Report on lock hospitals in British Burma
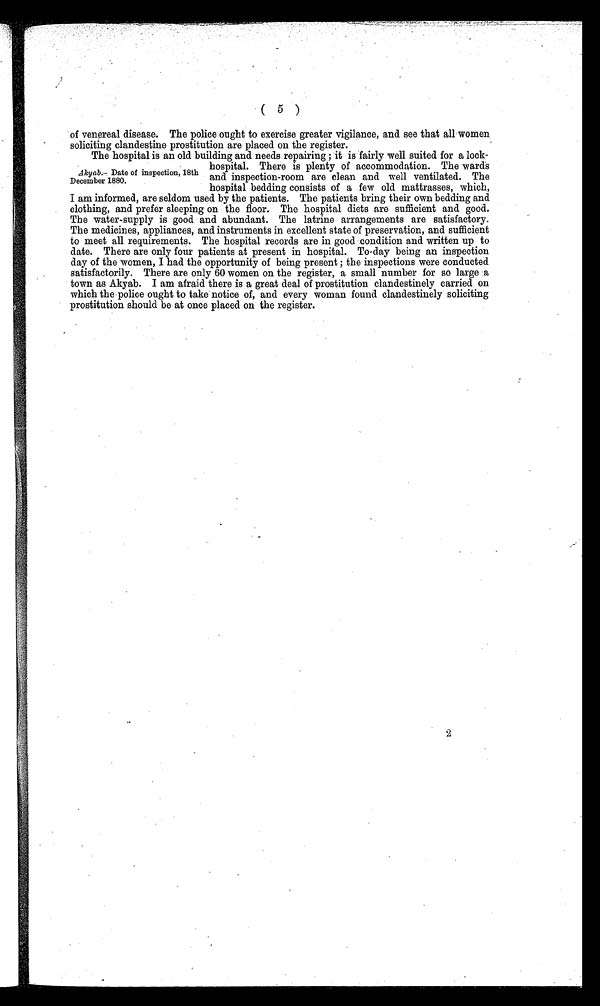
( 5 )
of venereal disease. The police ought to exercise greater vigilance, and see that all women.
soliciting clandestine prostitution are placed on the register.
The hospital is an old building and needs repairing ; it is fairly well suited for a lock-
hospital. There is plenty of accommodation. The wards
and inspection-room are clean and well ventilated. The
hospital bedding consists of a few old mattrasses, which,
I am informed, are seldom used by the patients. The patients bring their own bedding and
clothing, and prefer sleeping on the floor. The hospital diets are sufficient and good.
The water-supply is good and abundant. The latrine arrangements are satisfactory.
The medicines, appliances, and instruments in excellent state of preservation, and sufficient
to meet all requirements. The hospital records are in good condition and written up to
date. There are only four patients at present in hospital. To-day being an inspection
day of the women, I had the opportunity of being present ; the inspections were conducted
satisfactorily. There are only 60 women on the register, a small number for so large a
town as Akyab. I am afraid there is a great deal of prostitution clandestinely carried on
which the police ought to take notice of, and every woman found clandestinely soliciting
prostitution should be at once placed on the register.
Akyab.— Date of inspection, 18th
December 1880.
2